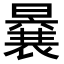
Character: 𭧽